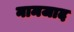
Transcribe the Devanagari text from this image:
नामजाद